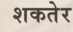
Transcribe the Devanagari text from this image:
शकतेर